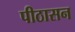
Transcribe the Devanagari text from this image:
पीठासन